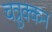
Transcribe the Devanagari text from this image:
चत्रुक्कन